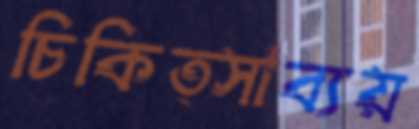
চিকিত্সাব্যয়